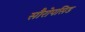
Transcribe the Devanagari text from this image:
सौरोपसिड